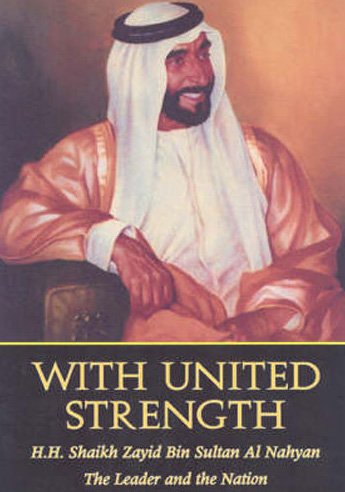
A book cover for With United Strength: Shaikh Zayid Bin Sultan Al Nahyan: The Leader and the Nation; The Emirates Center for Strategic Studies and Research; History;